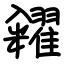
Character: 糴